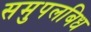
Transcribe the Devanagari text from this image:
समुपलबिध